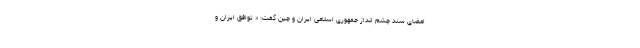
امضای سند چشم انداز جمهوری اسلامی ایران و چین گفت: « توافق ایران و